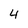
Character: 4